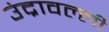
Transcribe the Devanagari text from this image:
उंद्रावल्ली